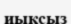
иықсыз